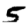
Digit: 5